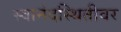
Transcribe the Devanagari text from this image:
स्वानंदस्थितीवर